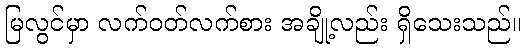
မြလွင်မှာ လက်ဝတ်လက်စား အချို့လည်း ရှိသေးသည်။